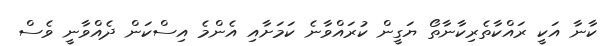
ކާނާ އަކީ ރައްކާތެރިކާނާތޯ ޔަގީން ކުރައްވާނެ ކަމަށާއި އެންމެ އިސްކަން ދެއްވާނީ ވެސް